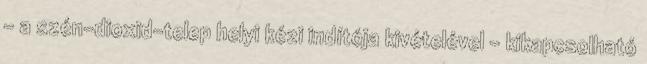
- a szén-dioxid-telep helyi kézi indítója kivételével - kikapcsolható